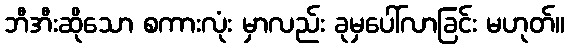
ဘီအီးဆိုသော စကားလုံး မှာလည်း ခုမှပေါ်လာခြင်း မဟုတ်။